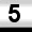
Digit: 5